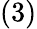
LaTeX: (3)